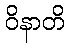
ဝိနာတိ